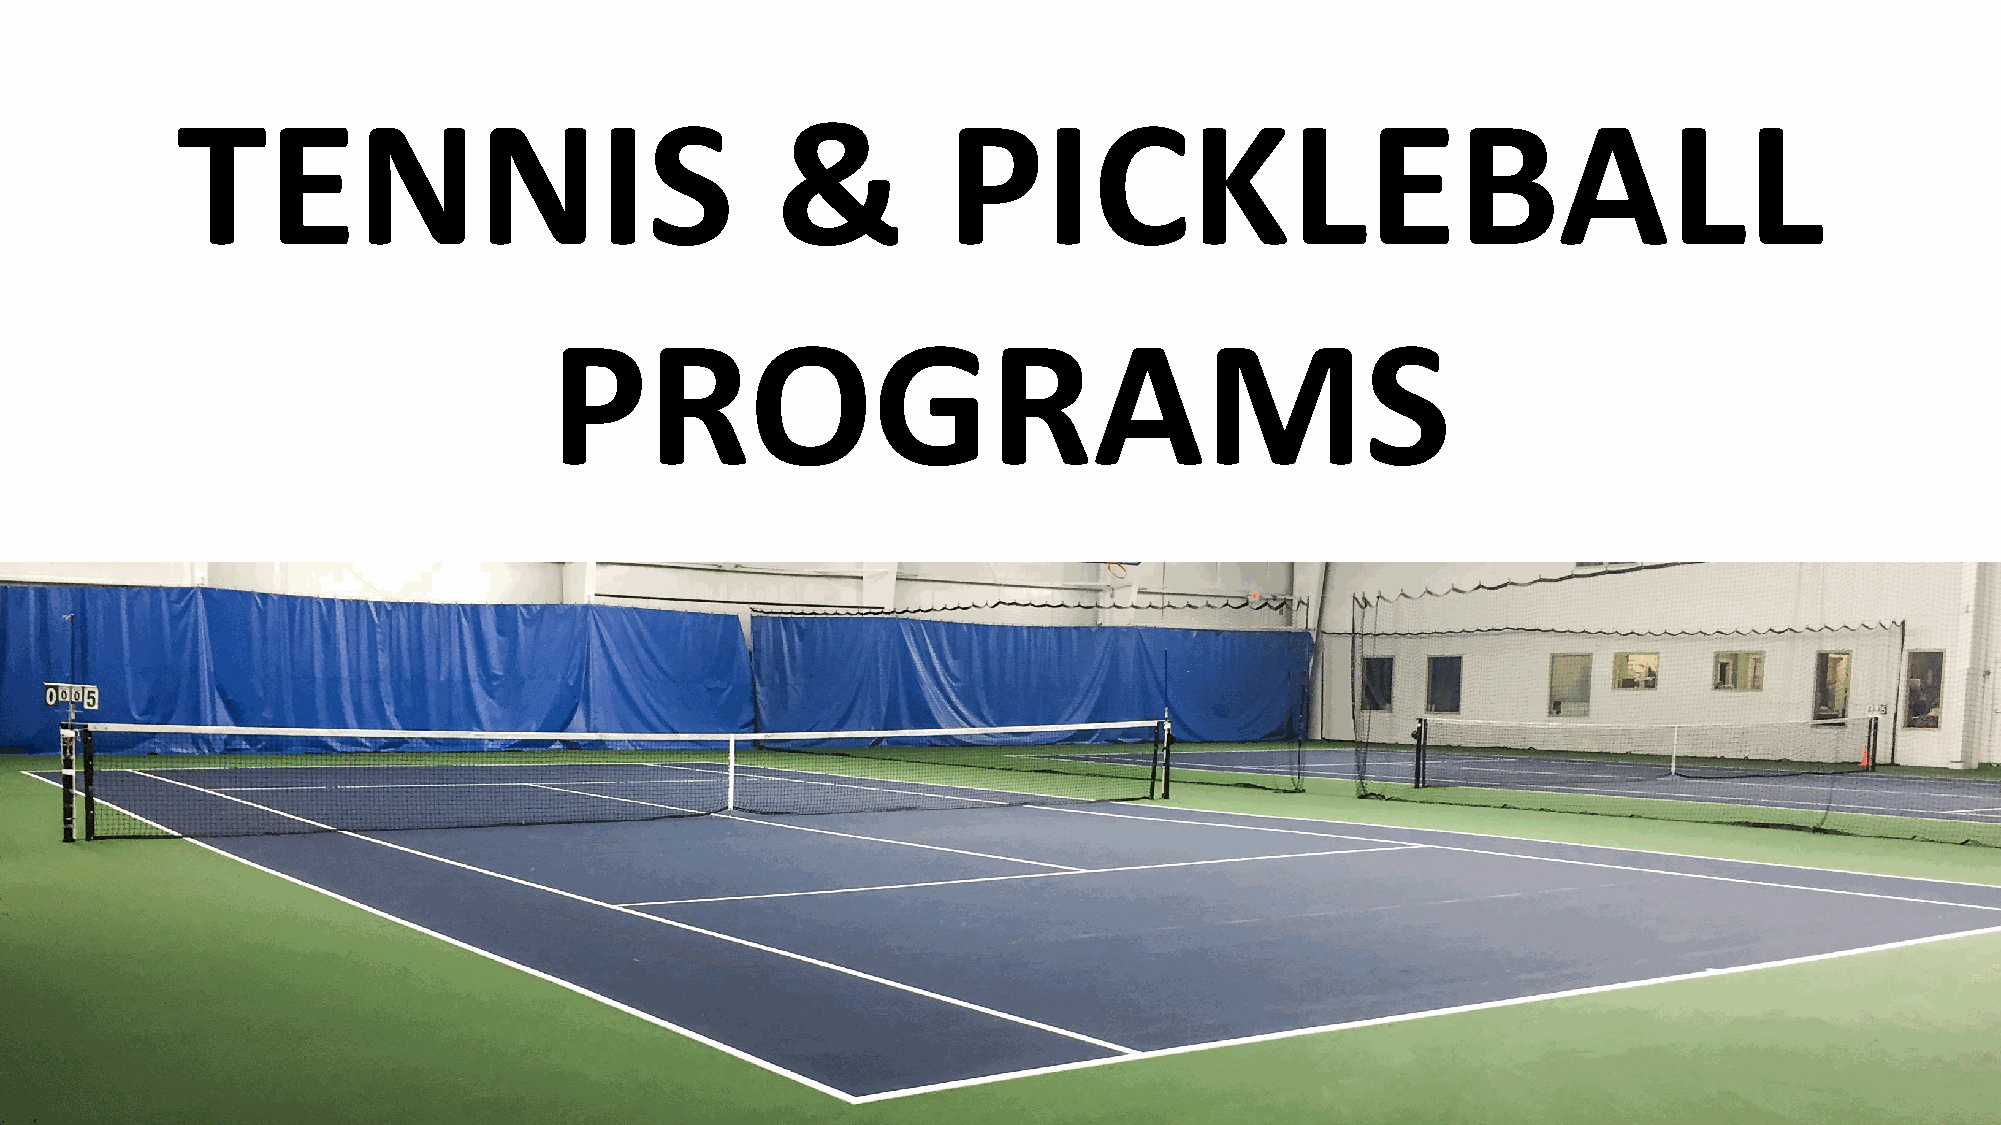
TENNIS                                 &           PICKLEBALL
 PROGRAMS